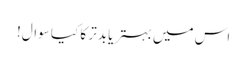
اس میں بہتر یا بدتر کا کیا سوال!